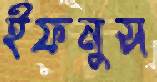
ইফনুস